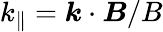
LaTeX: k_{\parallel}=\boldsymbol{k}\cdot\boldsymbol{B}/B